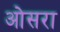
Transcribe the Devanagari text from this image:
ओसरा